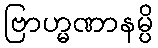
ဗြာဟ္မဏာနမ္ပိ